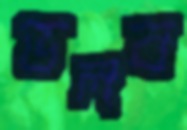
ডলব